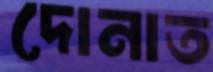
দোনাত